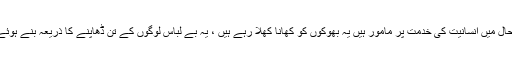
یہ ہر حال میں انسانیت کی خدمت پر مامور ہیں یہ بھوکوں کو کھانا کھلا رہے ہیں ، یہ بے لباس لوگوں کے تن ڈھاپنے کا ذریعہ بنے ہوئے ہیں ۔